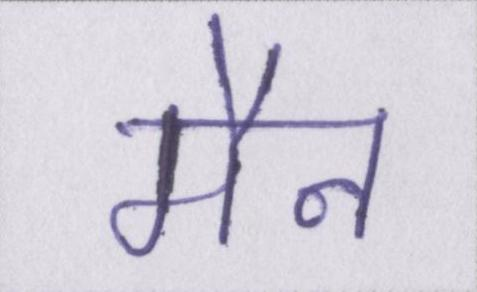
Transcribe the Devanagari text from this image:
मैन